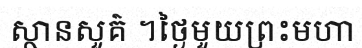
ស្ថានសួគ៌ ។ថ្ងៃមួយព្រះមហា